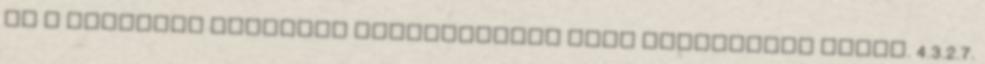
és a tûzjelzõ rendszer tervezésekor kell figyelembe venni. 4.3.2.7.